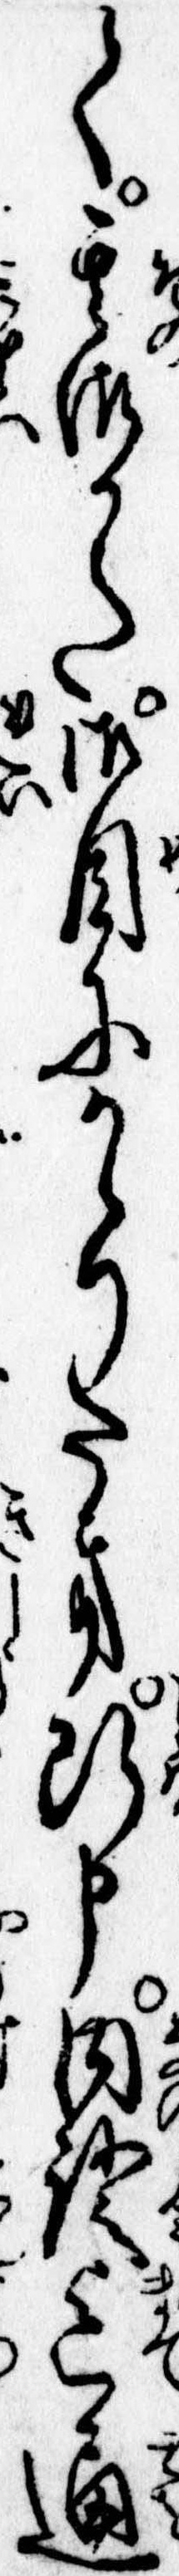
く其御かた御目にかゝりたき断申内証迄通